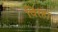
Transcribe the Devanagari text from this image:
विरहा